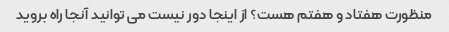
منظورت هفتاد و هفتم هست؟ از اینجا دور نیست می توانید آنجا راه بروید